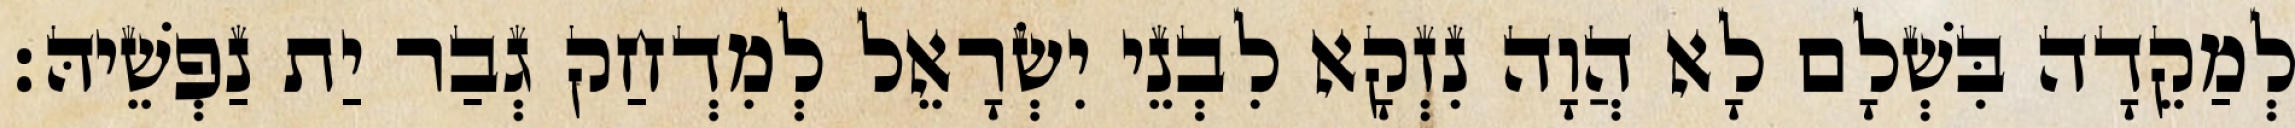
לְמַקֵדָה בִּשְׁלָם לָא הֲוָה נִזְקָא לִבְנֵי יִשְׂרָאֵל לְמִדְחַק גְבַר יַת נַפְשֵׁיהּ׃